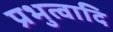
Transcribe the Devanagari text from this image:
प्रभुत्वादि